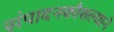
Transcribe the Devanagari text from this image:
संपादनकौशल्याने